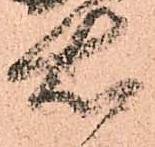
右